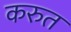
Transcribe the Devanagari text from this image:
करुत